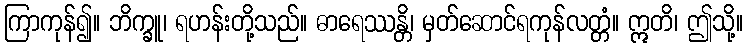
ကြာကုန်၍။ ဘိက္ခူ၊ ရဟန်းတို့သည်။ ဓာရေဿန္တိ၊ မှတ်ဆောင်ရကုန်လတ္တံ။ ဣတိ၊ ဤသို့။